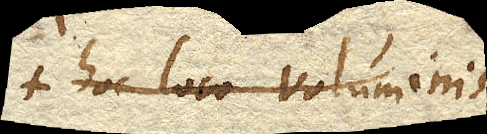
hoc loco Voluminis